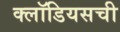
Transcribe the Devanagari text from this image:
क्लॉडियसची